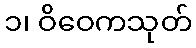
၁၊ ဝိဝေကသုတ်